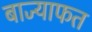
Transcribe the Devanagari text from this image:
बाज्याफत